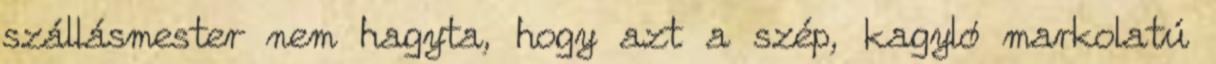
szállásmester nem hagyta, hogy azt a szép, kagyló markolatú